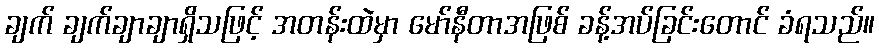
ချက် ချက်ချာချာရှိသဖြင့် အတန်းထဲမှာ မော်နီတာအဖြစ် ခန့်အပ်ခြင်းတောင် ခံရသည်။